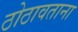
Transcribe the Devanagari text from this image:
ठोठावताना